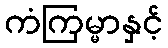
ကံကြမ္မာနှင့်